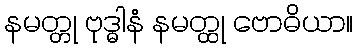
နမတ္တု ဗုဒ္ဓါနံ နမတ္ထု ဗောဓိယာ။